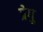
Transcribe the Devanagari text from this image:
प्रेगु